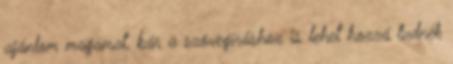
ajánlom magamat, bár a szövegíráshoz is lehet hozzá tudnék